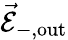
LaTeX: \vec{\mathcal{E}}_{-,\mathrm{out}}